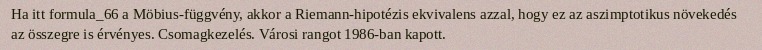
Ha itt formula_66 a Möbius-függvény, akkor a Riemann-hipotézis ekvivalens azzal, hogy ez az aszimptotikus növekedés az összegre is érvényes. Csomagkezelés. Városi rangot 1986-ban kapott.